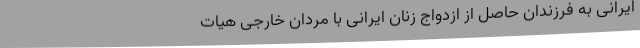
ایرانی به فرزندان حاصل از ازدواج زنان ایرانی با مردان خارجی هیات